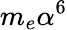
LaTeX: m_{e}\alpha^{6}